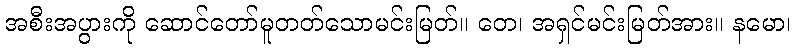
အစီးအပွားကို ဆောင်တော်မူတတ်သောမင်းမြတ်။ တေ၊ အရှင်မင်းမြတ်အား။ နမော၊